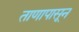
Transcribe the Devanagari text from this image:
ताणापासून